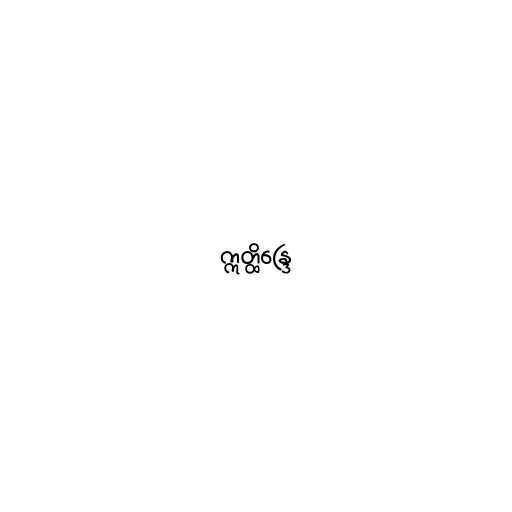
ဣတ္ထိန္ဒြေ